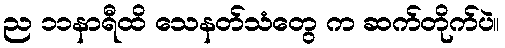
ည ၁၁နာရီထိ သေနတ်သံတွေ က ဆက်တိုက်ပဲ။